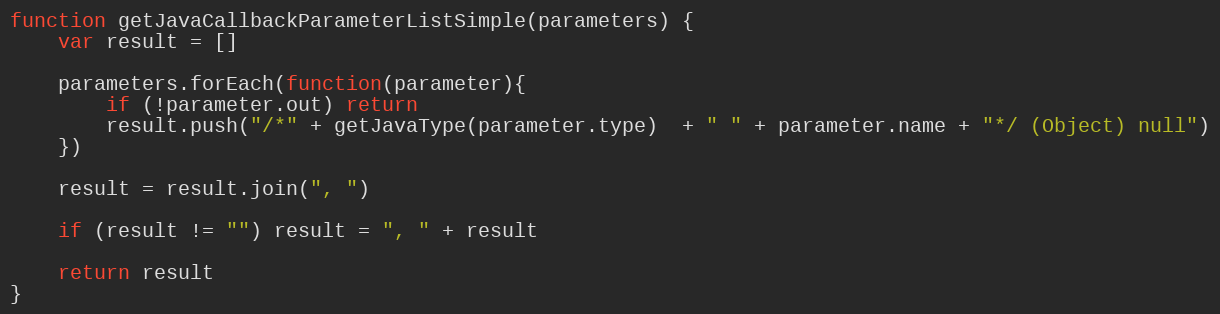
Language: JavaScript
function getJavaCallbackParameterListSimple(parameters) {
    var result = []

    parameters.forEach(function(parameter){
        if (!parameter.out) return
        result.push("/*" + getJavaType(parameter.type)  + " " + parameter.name + "*/ (Object) null")
    })

    result = result.join(", ")

    if (result != "") result = ", " + result

    return result
}